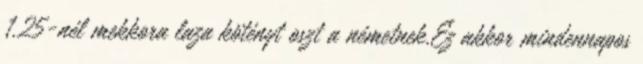
1.25-nél mekkora laza kötényt oszt a németnek.Ez akkor mindennapos